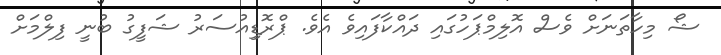
ޝޯ މިހާތަނަށް ވެސް އޮލިމްޕަހުގައި ދައްކާފައިވެ އެވެ. ޕްރޮޑިިއުސަރު ޝަފީގު ބުނީ ފިލްމަށް